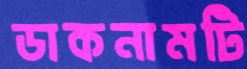
ডাকনামটি